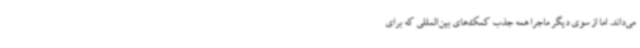
می‌داند. اما از سوی دیگر ماجرا همه جذب کمک‌های بین‌المللی که برای